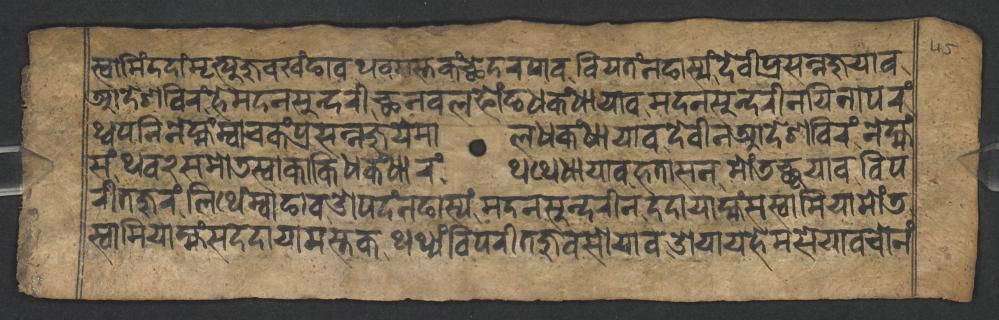
𑐳𑑂𑐰𑐵𑐩𑐶𑑄𑐡𑐡𑐵𑑄𑐩𑐺𑐟𑑂𑐫𑐸𑐖𑐸𑐰𑐏𑑄𑐒𑐵𑐰𑐠𑐰𑐩𑐳𑑂𑐟𑐎𑑄𑐕𑐾𑐡𑐬𑐥𑐵𑐰𑐧𑐶𑐫𑐟𑑄𑐣𑐒𑐵𑐳𑑂𑐫𑑄𑐡𑐾𑐰𑐷𑐥𑑂𑐬𑐳𑐣𑑂𑐣𑐖𑐸𑐫𑐵𑐰 𑐁𑐡𑐾𑐱𑐧𑐶𑐬𑑄𑐴𑐾𑐩𑐡𑐣𑐳𑐸𑐣𑑂𑐡𑐬𑐷𑐕𑐣𑐰𑐮𑐦𑑀𑑄𑐒𑐢𑐎𑑄𑐢𑐵𑐫𑐵𑐰𑐩𑐡𑐣𑐳𑐸𑐣𑑂𑐡𑐬𑐷𑐣𑐫𑐶𑐣𑐵𑐥𑐬𑑄 𑐠𑑂𑐰𑐥𑐣𑐶𑐣𑐾𑐩𑑂𑐴𑑄𑐩𑑂𑐰𑐵𑐔𑐎𑑄𑐥𑑂𑐬𑐳𑐣𑑂𑐣𑐖𑐸𑐫𑐾𑐩𑐵𑐮𑐢𑐎𑑄𑐢𑐵𑐫𑐵𑐰𑐡𑐾𑐰𑐷𑐣𑐁𑐡𑐾𑐱𑐧𑐶𑐬𑑄𑐣𑐾𑐩𑑂𑐴𑑄 𑐳𑑄𑐠𑐰𑑒𑐳𑐩𑑀𑐜𑐳𑑂𑐰𑐵𑐎𑐵𑐎𑐶𑐢𑐎𑑄𑐢𑐵𑐬𑑄𑐠𑐠𑐾𑐢𑐵𑐫𑐵𑐰𑐴𑐟𑐵𑐳𑐣𑐩𑑀𑑄𑐜𑐕𑐸𑐫𑐵𑐰𑐰𑐶𑐥 𑐬𑐷𑐟𑐖𑐸𑐬𑑄𑐮𑐶𑐠𑐾𑑄𑐩𑑂𑐰𑐵𑐒𑐵𑐰𑐌𑐥𑐡𑑄𑐣𑐒𑐵𑐳𑑂𑐫𑑄𑐩𑐡𑐣𑐳𑐸𑐣𑑂𑐡𑐬𑐷𑐣𑐡𑐡𑐵𑐫𑐵𑐩𑑂𑐴𑑄𑐳𑐳𑑂𑐰𑐵𑐩𑐶𑐫𑐵𑐩𑑀𑑄𑐜 𑐳𑑂𑐰𑐵𑐩𑐶𑐫𑐵𑐩𑑂𑐴𑑄𑐳𑐡𑐡𑐵𑐫𑐵𑐩𑐳𑑂𑐟𑐎𑐠𑐠𑑂𑐫𑑄𑐰𑐶𑐥𑐬𑐷𑐟𑐖𑐸𑐰𑐳𑑀𑐫𑐵𑐰𑐌𑐫𑐵𑐫𑐴𑐾𑐩𑐳𑐾𑐫𑐵𑐰𑐔𑑀𑐣𑑄